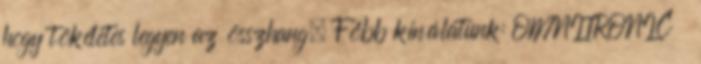
hogy tökéletes legyen az összhang. Főbb kínálatunk: OMNITRONIC